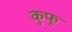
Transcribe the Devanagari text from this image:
कुफू